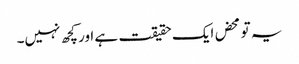
یہ تو محض ایک حقیقت ہے اور کچھ نہیں۔